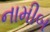
નામીબ